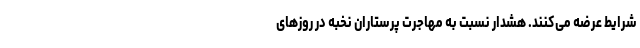
شرایط عرضه می‌کنند. هشدار نسبت به مهاجرت پرستارانِ نخبه در روزهای